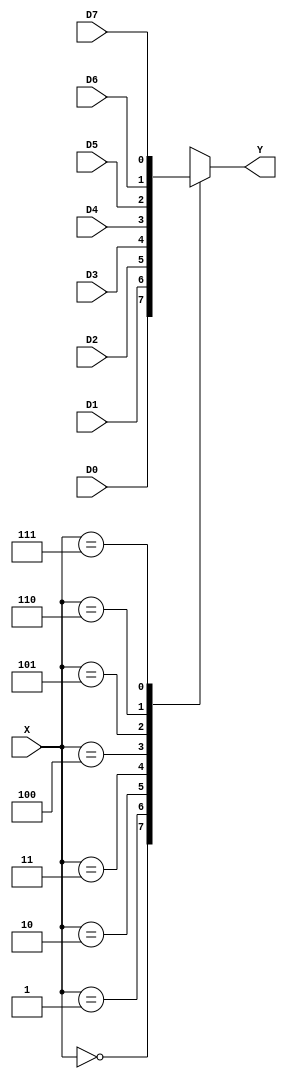
module mux(output reg Y,
    input D0, D1, D2, D3, D4, D5, D6, D7,
    input[2:0] X
    );
    always@(D0 or D1 or D2 or D3 or D4 or D5 or D6 or D7 or X)
    begin
    case(X)
    3'b000: Y=D0;
    3'b001: Y=D1;
    3'b010: Y=D2;
    3'b011: Y=D3;
    3'b100: Y=D4;
    3'b101: Y=D5;
    3'b110: Y=D6;
    3'b111: Y=D7;
    endcase
    end
endmodule